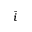
\bar { i }